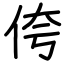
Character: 侉